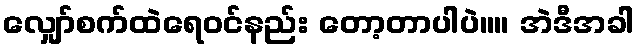
လျှော်စက်ထဲရေ၀င်နည်း တော့တာပါပဲ။။ အဲဒီအခါ